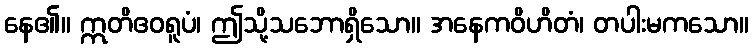
နေ၏။ ဣတိဧဝရူပံ၊ ဤသို့သဘောရှိသော။ အနေကဝိဟိတံ၊ တပါးမကသော။